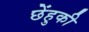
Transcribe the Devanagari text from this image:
छेंहुकी